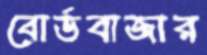
বোর্ডবাজার